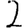
Digit: 2